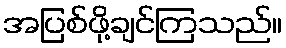
အပြစ်ဖို့ချင်ကြသည်။